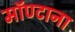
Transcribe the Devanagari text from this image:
मॉण्टाना